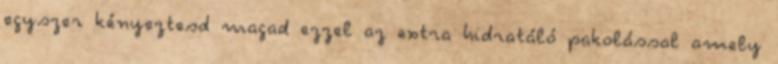
egyszer kényeztesd magad ezzel az extra hidratáló pakolással amely